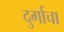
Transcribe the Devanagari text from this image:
दुर्गाचा